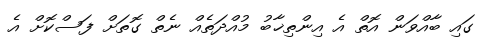
ގައި ބާއްވަން އޮތް އެ އިންތިޚާބު މުއްދަތެއް ނެތް ގޮތަށް ފަސްކޮށް އެ